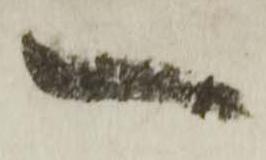
一